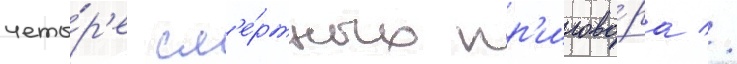
четы́р'е см'е́ртных пр'игово́ра //